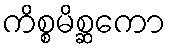
ကိစ္စမိစ္ဆကော